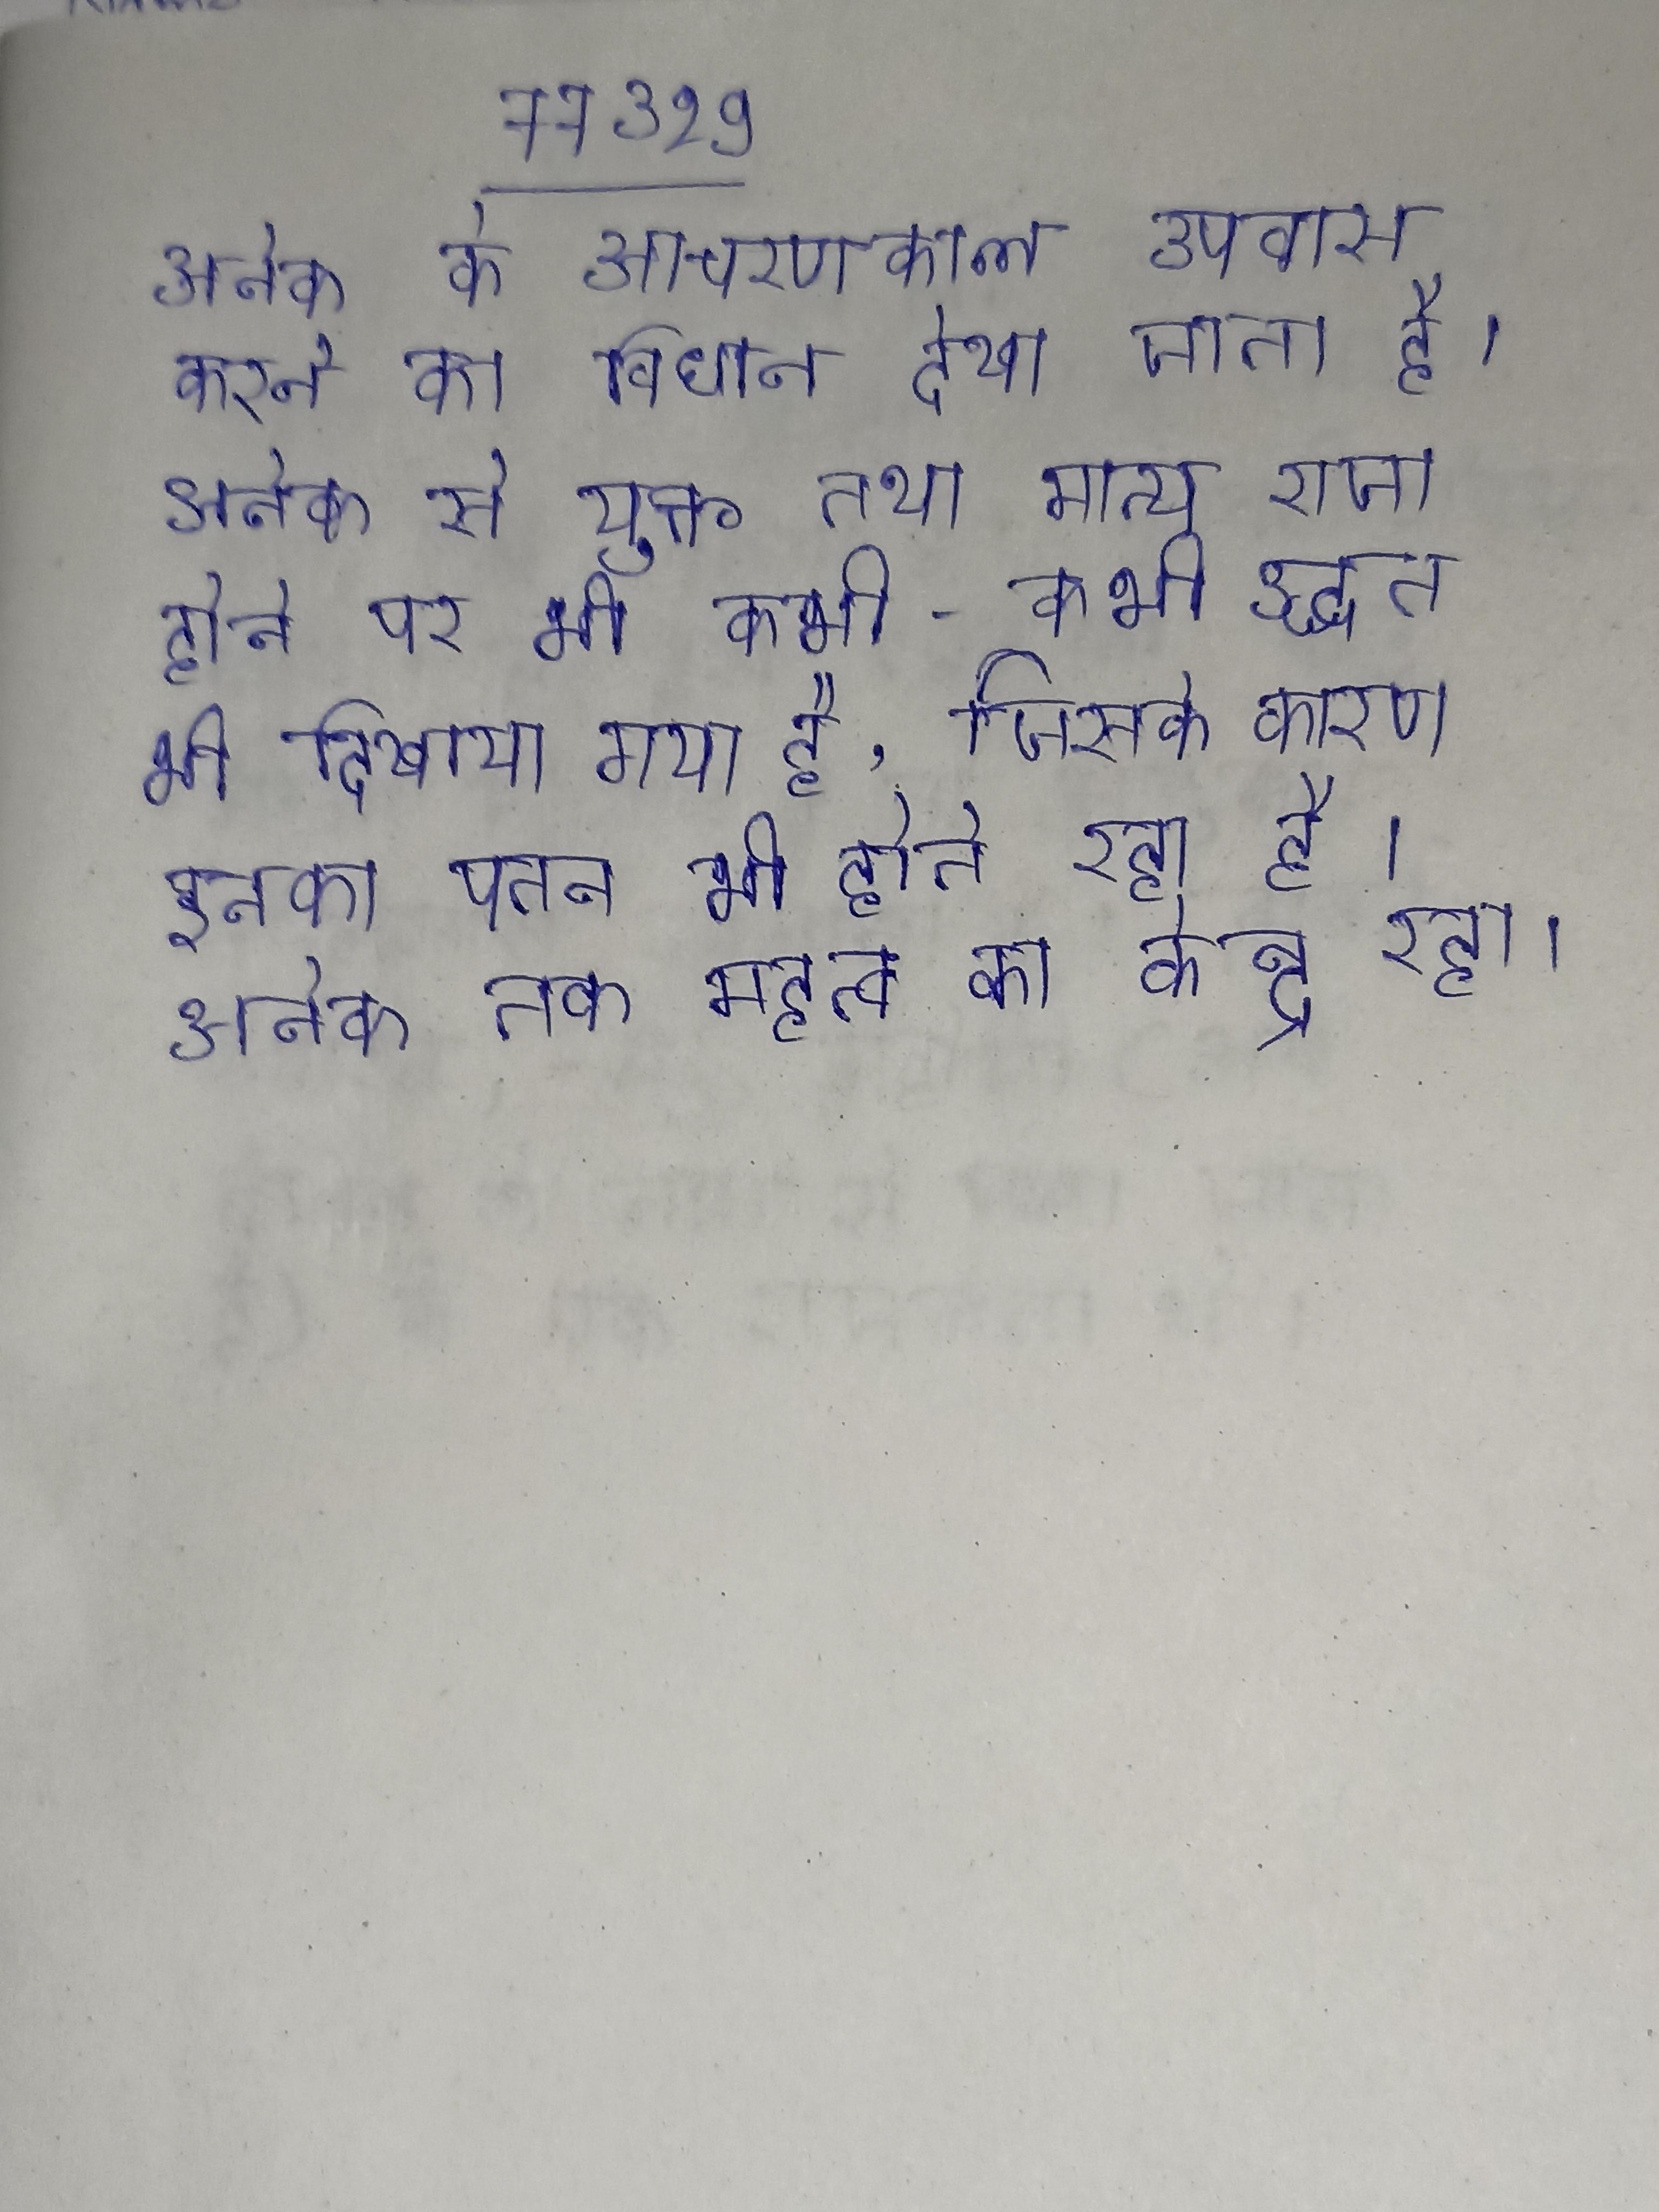
अनेक के आचरणकाल उपवास करने का विधान देखा जाता है । अनेक से युक्त तथा मान्य राजा होने पर भी कभी-कभी उद्धत भी दिखाया गया है, जिसके कारण इनका पतन भी होते रहा है । अनेक तक महत्व का केन्द्र रहा ।